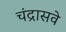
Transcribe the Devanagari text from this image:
चंद्रासवे